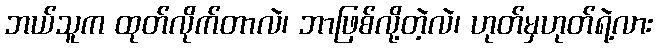
ဘယ်သူက ထုတ်လိုက်တာလဲ၊ ဘာဖြစ်လို့တဲ့လဲ၊ ဟုတ်မှဟုတ်ရဲ့လား